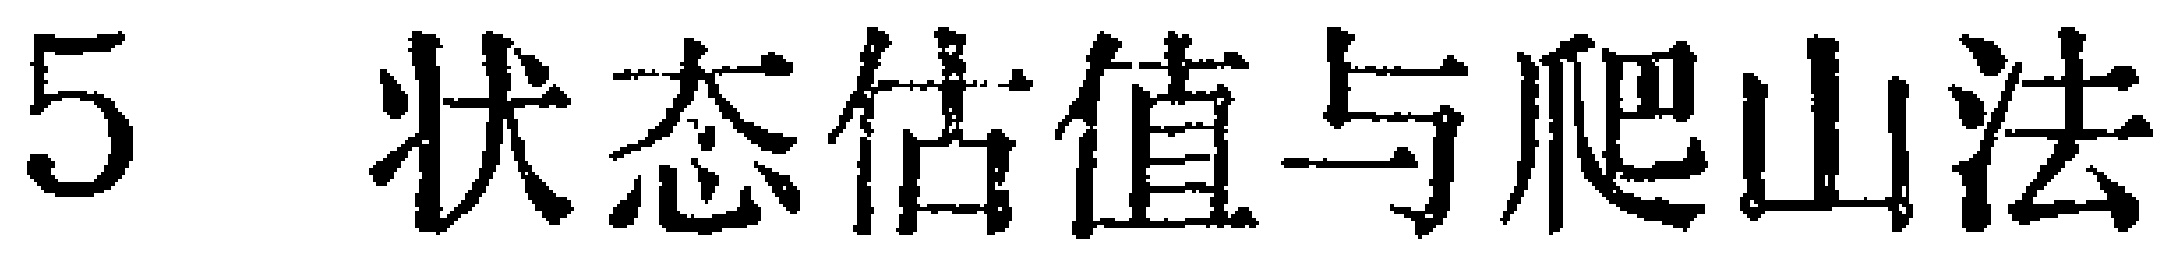
5 状态估值与爬山法